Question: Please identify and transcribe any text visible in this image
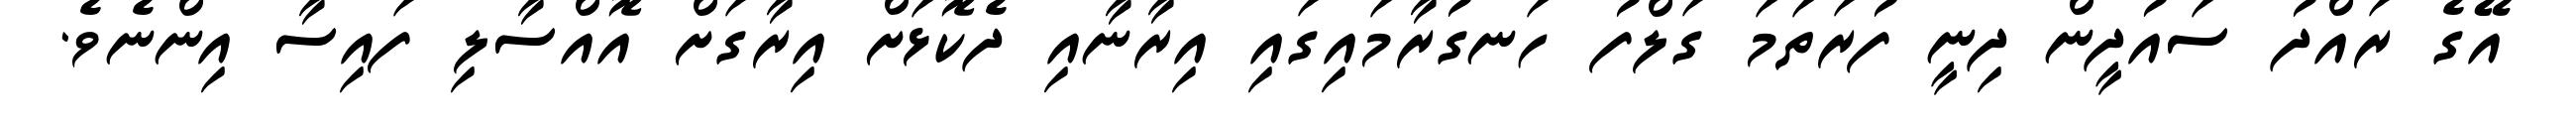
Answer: އޭގެ ރައްދު ސައުދީން ދިނީ ފުރަތަމަ ގަލްފު ހަނގުރާމައިގައި އިރާނާއި ދެކޮޅަށް އިރާގަށް އޮއްސާލި ފައިސާ އިންނެވެ.